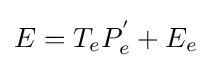
E=T_{e}P_{e}^{'}+E_{e}